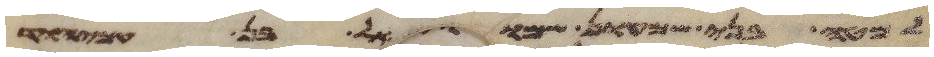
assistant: למטה בני שמעון שמואל בן עמיהוד